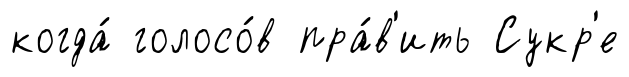
когда́ голосо́в пра́в'ить Сукр'е